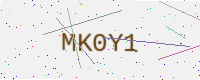
Text: MK0Y1